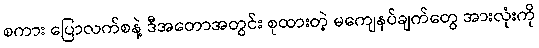
စကား ပြောလက်စနဲ့ ဒီအတောအတွင်း စုထားတဲ့ မကျေနပ်ချက်တွေ အားလုံးကို